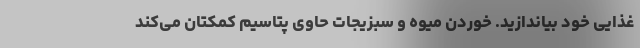
غذایی خود بیاندازید. خوردن میوه و سبزیجات حاوی پتاسیم کمکتان می‌کند